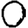
Digit: 0